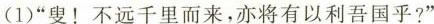
(1)”叟！不远千里而来，亦将有以利吾国乎?”